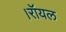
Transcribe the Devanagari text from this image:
।रॉयल